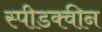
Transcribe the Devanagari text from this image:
स्पीडक्वीन